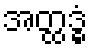
အတ္ထဒ္ဓံ